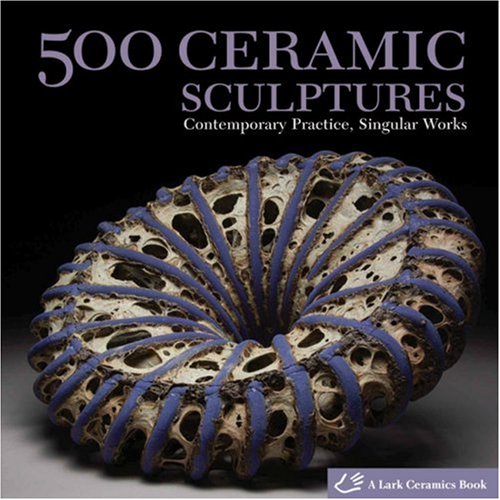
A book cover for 500 Ceramic Sculptures: Contemporary Practice, Singular Works (500 Series); Lark Books; Crafts, Hobbies & Home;